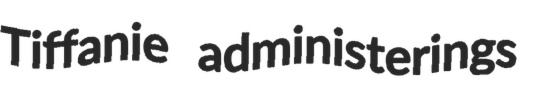
Tiffanie administerings